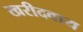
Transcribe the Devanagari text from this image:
खरीदवाय